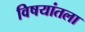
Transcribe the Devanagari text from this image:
विषयांतला